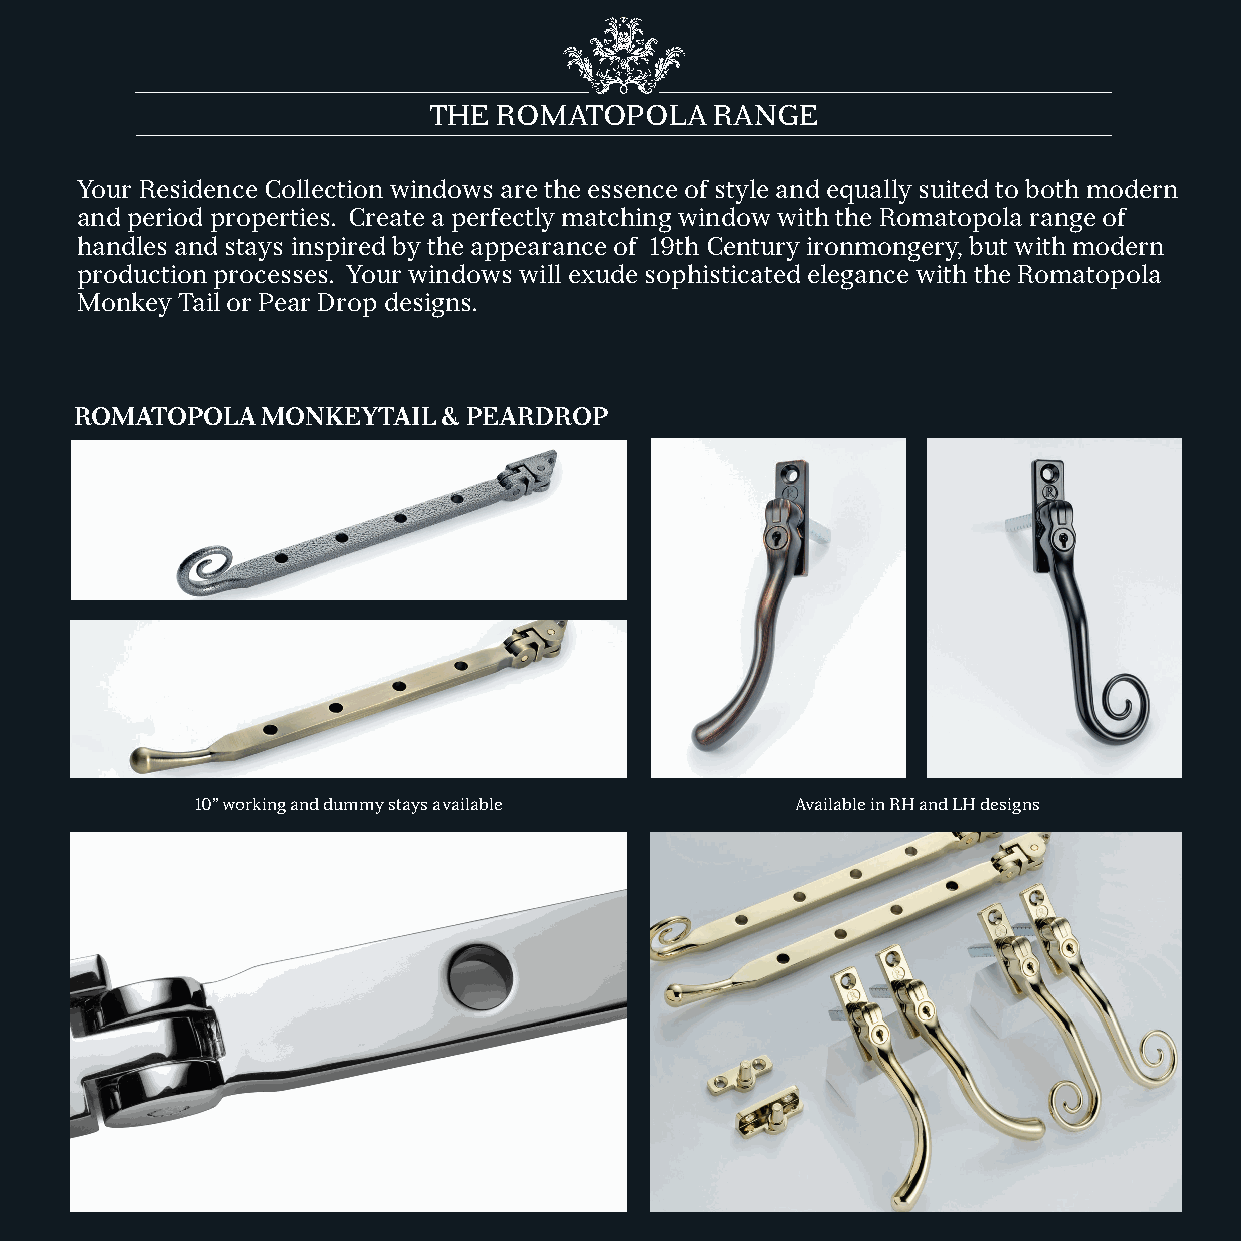
THE  ROMATOPOLA    RANGE
 Your Residence Collection windows are the essence of style and equally suited to both modern
 and period properties. Create a perfectly matching window with the Romatopola range of
 handles and stays inspired by the appearance of 19th Century ironmongery, but with modern
 production processes. Your windows will exude sophisticated elegance with the Romatopola
 Monkey Tail or Pear Drop designs.
 ROMATOPOLA  MONKEYTAIL  & PEARDROP
 10” working and dummy stays available   Available in RH and LH designs